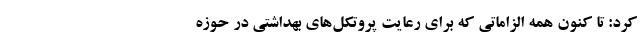
کرد: تا کنون همه الزاماتی که برای رعایت پروتکل‌های بهداشتی در حوزه